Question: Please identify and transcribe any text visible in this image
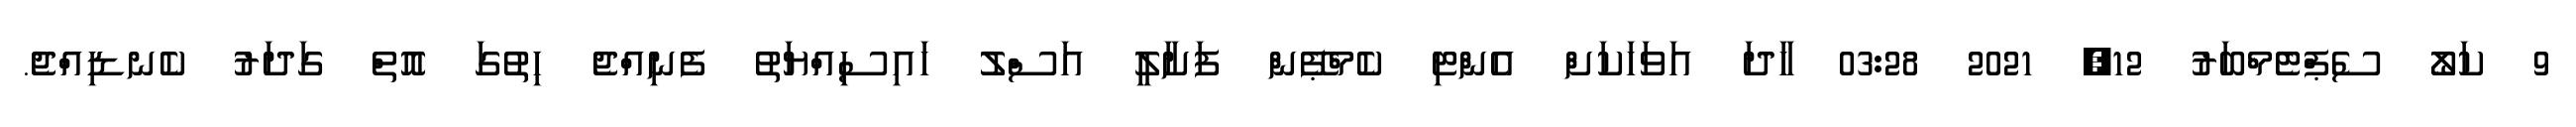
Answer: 9 ކަލޯ ސެޕްޓެމްބަރު 12, 2021 03:28 ހާދަ އަވަހަކަށް އެންޓި ކެމްޕޭން ފަށާލީ އަސްލު ހައިސިއްޔަތު ފެނިއްޖެ ހިތުގަ އޮތް ގަދަރު ކެނޑިއްޖެ.